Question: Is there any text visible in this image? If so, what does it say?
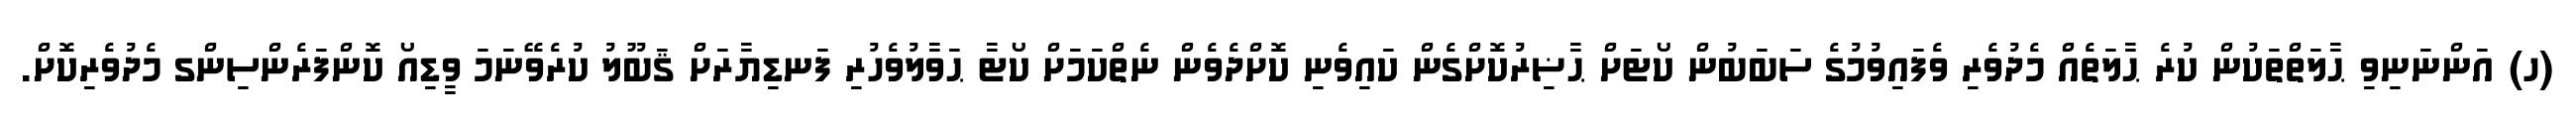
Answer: (ހ) އަންނަނިވި ޙާލަތްތަކުން ކުރެ ޙާލަތެއް މެދުވެރި ވެފައިވުމުގެ ސަބަބުން ކޯޓަށް ޙާޟިރުކޮށްގެން ކައިވެނި ކޮށްދެވެން ނެތްކަމަށް ކޯޓާ ޙަވާލުވެހުރި ފަނޑިޔާރަށް ޤަބޫލު ކުރެވޭނަމަ ވީޑިއޯ ކޮންފަރެންސިންގ މެދުވެރިކޮށް.